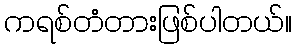
ကရစ်တံတားဖြစ်ပါတယ်။